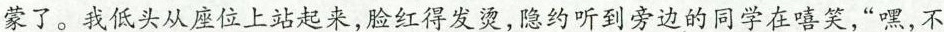
蒙了。我低头从座位上站起来，脸红得发烫，隐约听到旁边的同学在嘻笑，“嘿，不